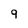
Character: 9